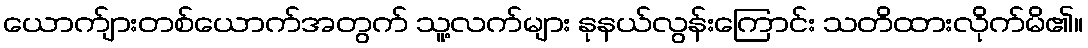
ယောက်ျားတစ်ယောက်အတွက် သူ့လက်များ နုနယ်လွန်းကြောင်း သတိထားလိုက်မိ၏။